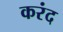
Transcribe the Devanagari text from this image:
करंद